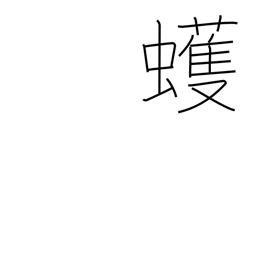
Meaning: geometer